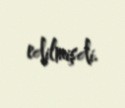
edilmişdi.